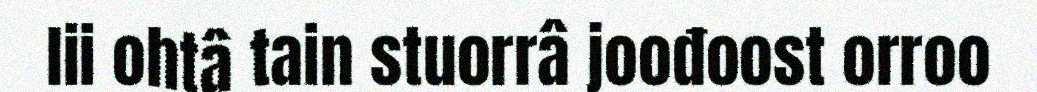
lii ohtâ tain stuorrâ joođoost orroo